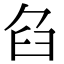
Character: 臽